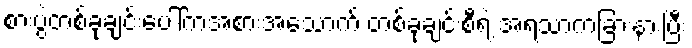
စားပွဲတစ်ခုချင်းပေါ်ကအစားအသောက် တစ်ခုချင်းစီရဲ့ အရသာကခြားနားပြီး